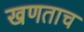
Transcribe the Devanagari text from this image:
खणताच